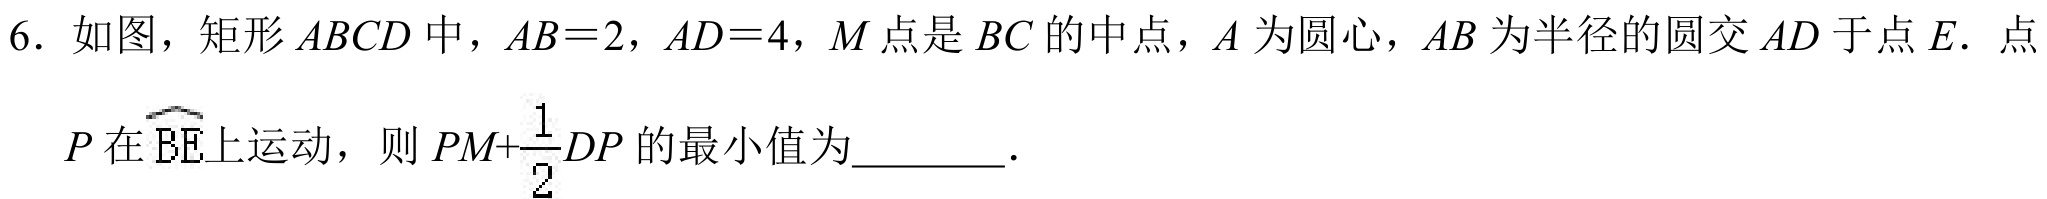
6. 如图，矩形\(ABCD\)中，\(AB = 2\)，\(AD = 4\)，\(M\)点是\(BC\)的中点，\(A\)为圆心，\(AB\)为半径的圆交\(AD\)于点\(E\)．点
\(P\)在\(\overset{\frown}{BE}\)上运动，则\(PM+\dfrac{1}{2}DP\)的最小值为  ．